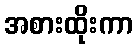
အစားထိုးကာ